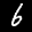
Label: 6